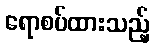
ရောစပ်ထားသည့်